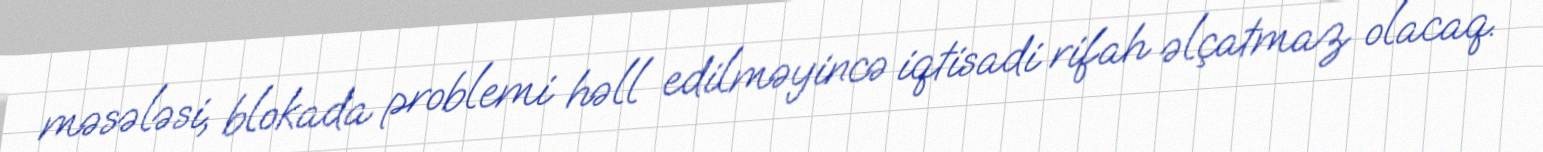
məsələsi, blokada problemi həll edilməyincə iqtisadi rifah əlçatmaz olacaq.